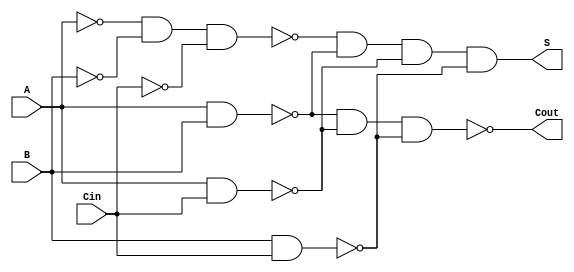
module NegativeCircuitFullAdder (
    input wire A,      // First binary input
    input wire B,      // Second binary input
    input wire Cin,    // Carry input
    output wire S,     // Sum output
    output wire Cout   // Carry output
);

// Internal signals for negative logic
wire A_n, B_n, Cin_n;
wire AB, ACin, BCin;

// Invert inputs for negative logic
assign A_n = ~A; // A_n is active-low version of A
assign B_n = ~B; // B_n is active-low version of B
assign Cin_n = ~Cin; // Cin_n is active-low version of Cin

// Sum output (S = A XOR B XOR Cin)
assign S = ~(A_n & B_n & Cin_n) & ~(A & B) & ~(A & Cin) & ~(B & Cin);

// Carry output (Cout = (A AND B) OR (A AND Cin) OR (B AND Cin))
assign AB = A & B;          // A AND B
assign ACin = A & Cin;      // A AND Cin
assign BCin = B & Cin;      // B AND Cin

assign Cout = ~(~AB & ~ACin & ~BCin); // Cout is active-low

endmodule